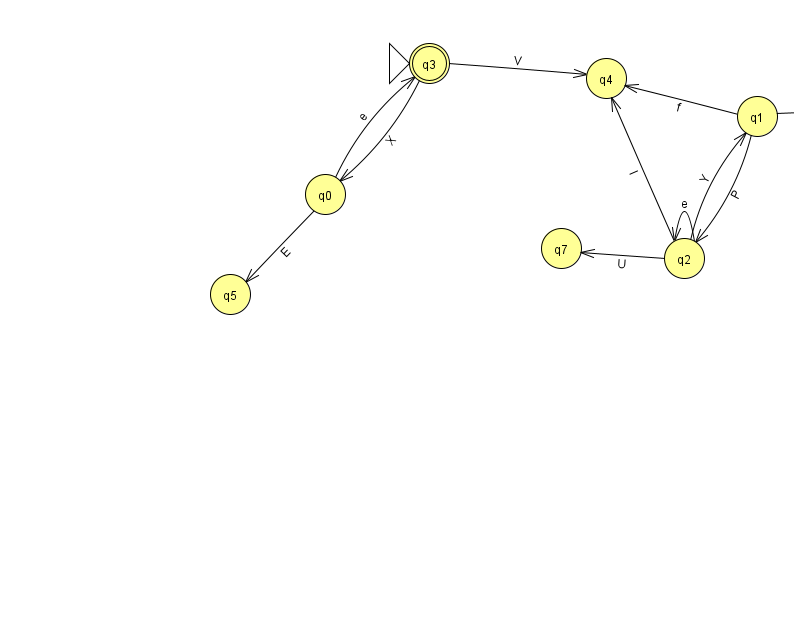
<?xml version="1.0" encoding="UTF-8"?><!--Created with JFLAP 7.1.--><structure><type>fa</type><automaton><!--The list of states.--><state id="0" name="q0"><x>325.0</x><y>181.0</y></state><state id="1" name="q1"><x>757.0</x><y>103.0</y></state><state id="2" name="q2"><x>684.0</x><y>245.0</y></state><state id="3" name="q3"><x>429.0</x><y>50.0</y><initial/><final/></state><state id="4" name="q4"><x>606.0</x><y>65.0</y></state><state id="5" name="q5"><x>230.0</x><y>281.0</y></state><state id="6" name="q6"><x>898.0</x><y>97.0</y></state><state id="7" name="q7"><x>561.0</x><y>235.0</y></state><!--The list of transitions.--><transition><from>1</from><to>2</to><read>P</read></transition><transition><from>2</from><to>2</to><read>e</read></transition><transition><from>0</from><to>3</to><read>e</read></transition><transition><from>1</from><to>4</to><read>f</read></transition><transition><from>2</from><to>7</to><read>U</read></transition><transition><from>3</from><to>0</to><read>X</read></transition><transition><from>1</from><to>6</to><read>X</read></transition><transition><from>2</from><to>1</to><read>Y</read></transition><transition><from>2</from><to>4</to><read>I</read></transition><transition><from>3</from><to>4</to><read>V</read></transition><transition><from>0</from><to>5</to><read>E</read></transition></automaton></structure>